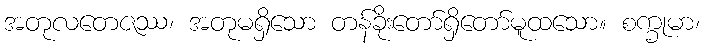
အတုလတေဇဿ၊ အတုမရှိသော တန်ခိုးတော်ရှိတော်မူထသော။ စက္ခုမာ၊